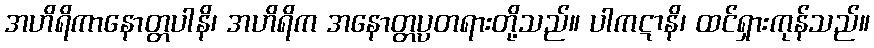
အဟိရိကာနောတ္တပါနိ၊ အဟိရိက အနောတ္တပ္ပတရားတို့သည်။ ပါကဋာနိ၊ ထင်ရှားကုန်သည်။